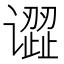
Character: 𰶎